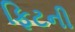
ફિટની